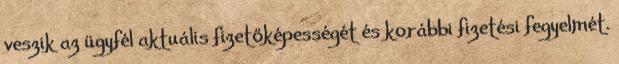
veszik az ügyfél aktuális fizetőképességét és korábbi fizetési fegyelmét.